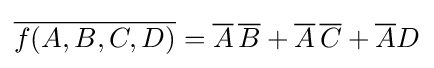
{\overline {f(A,B,C,D)}}={\overline {A}}\,{\overline {B}}+{\overline {A}}\,{\overline {C}}+{\overline {A}}D